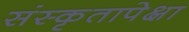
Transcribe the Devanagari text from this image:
संस्कृतापेक्षा